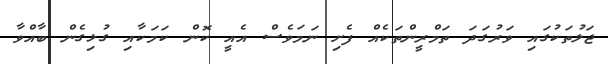
ޖަލުތަކުގައި ވަރުގަދަ ތަމްރީންތަކެއް ފެށި ނަމަވެސް އެއީ ކޮން ކަމަކާއި ގުޅިގެން ބާއްވާ